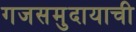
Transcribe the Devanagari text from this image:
गजसमुदायाची